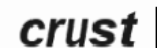
crust